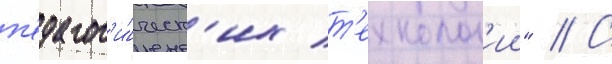
п'едагог'и́ческ'их т'ехнолог'ии" // С